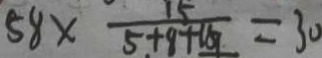
5 8 \times \frac { 1 5 } { 5 + 8 + 1 8 9 } = 3 0